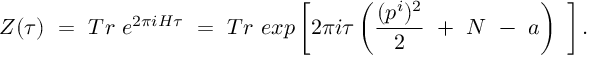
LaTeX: Z ( \tau ) ~ = ~ T r ~ e ^ { 2 \pi i H \tau } ~ = ~ T r ~ e x p \left[ 2 \pi i \tau \left( \frac { ( p ^ { i } ) ^ { 2 } } { 2 } ~ + ~ { \cal N } ~ - ~ a \right) ~ \right] .